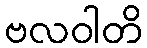
ဗလဝါတိ